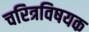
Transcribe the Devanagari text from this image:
चरित्रविषयक